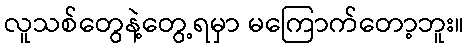
လူသစ်တွေနဲ့တွေ့ရမှာ မကြောက်တော့ဘူး။